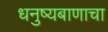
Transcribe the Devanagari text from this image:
धनुष्यबाणाचा